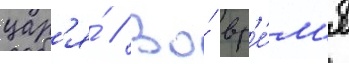
цар'я́ // Во́ вр'е́м'я